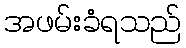
အဖမ်းခံရသည်